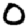
Digit: 0